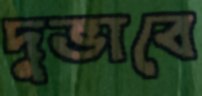
দুভাবে